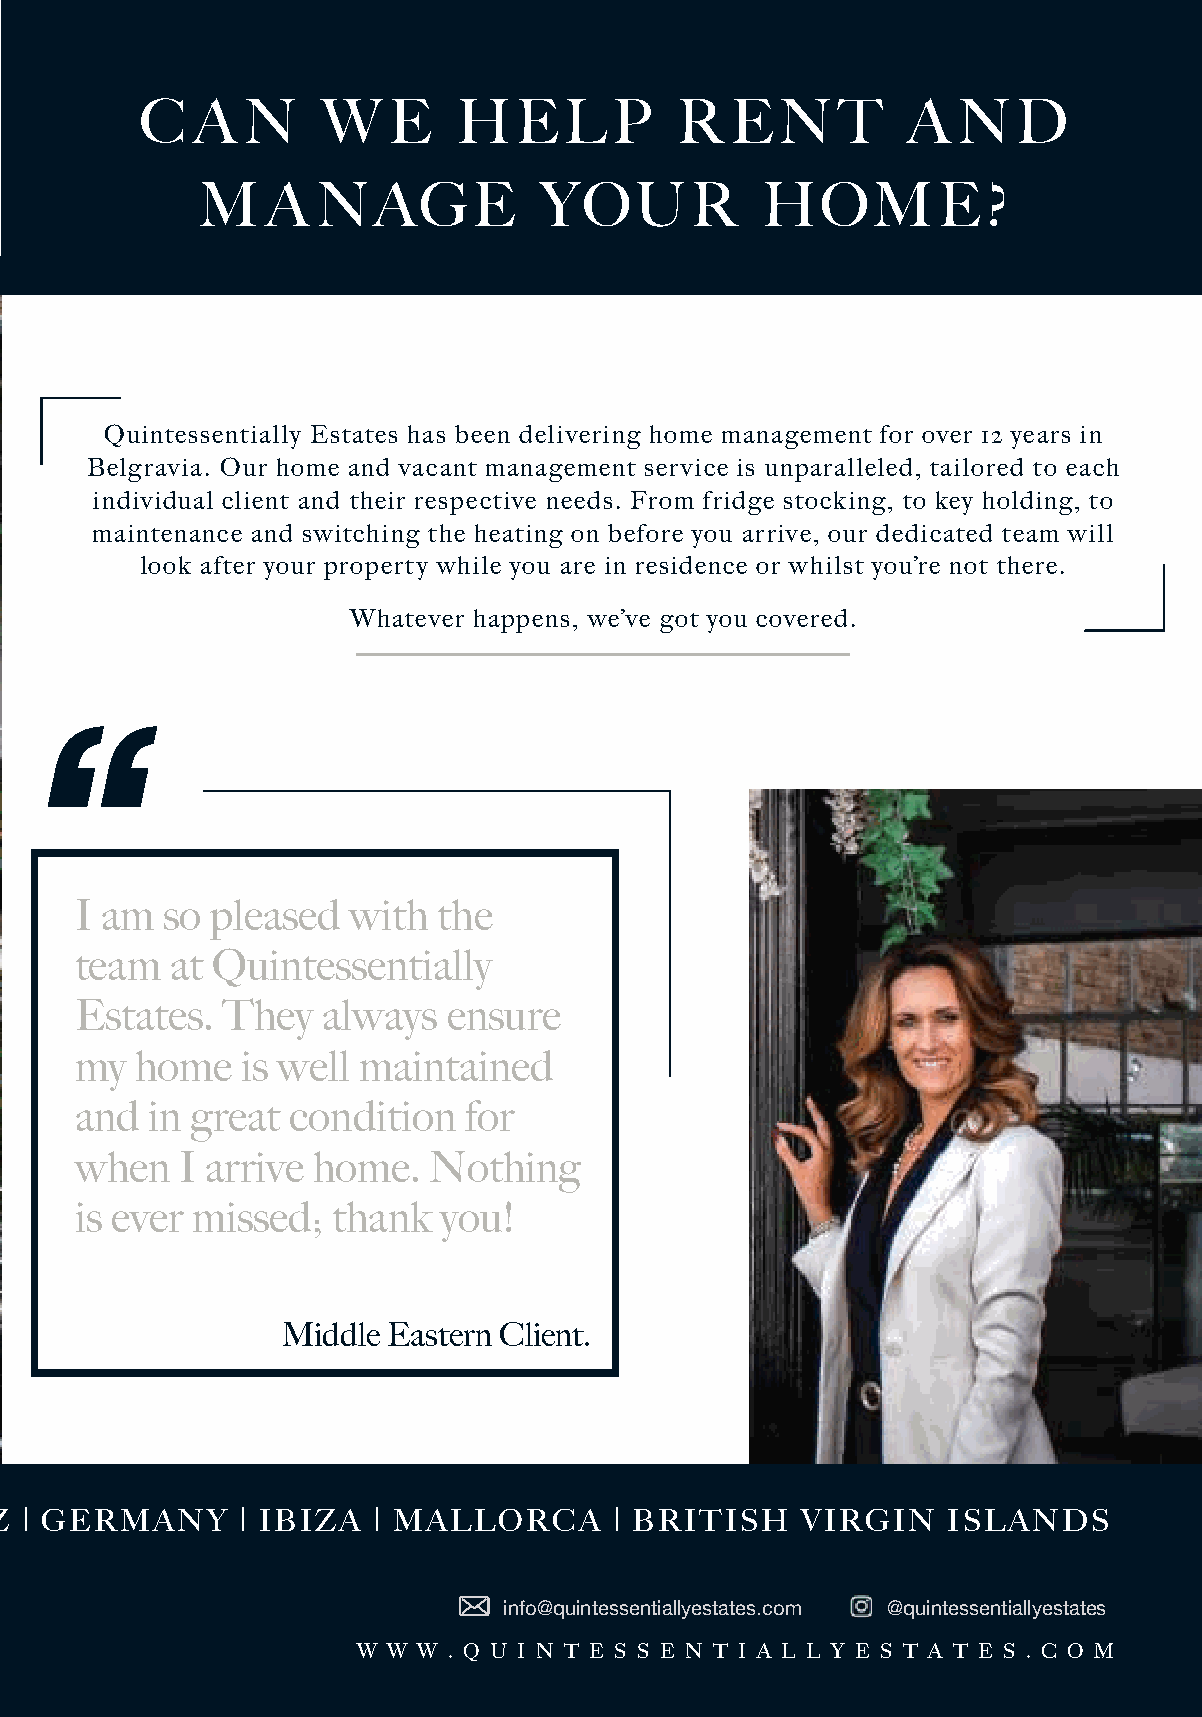
C   A  N    W    E   HELP           R  ENT         A  ND
 M    A  NAGE           YOUR          HOME?
 Quintessentially Estates has been delivering home management for over 12 years in
 Belgravia. Our home and vacant management service is unparalleled, tailored to each
 individual client and their respective needs. From fridge stocking, to key holding, to
 maintenance and switching the heating on before you arrive, our dedicated team will
 look after your property while you are in residence or whilst you’re not there.
 Whatever happens, we’ve got you covered.
 “
 I am  so pleased  with  the
 team  at Quintessentially
 Estates.  They  always   ensure
 my  home   is well maintained
 and  in great condition   for
 when   I arrive home.  Nothing
 is ever missed;  thank  you!
 Middle Eastern Client.
 Z | GERMANY     | IBIZA  | MALLORCA      | BRITISH   VIRGIN    ISLANDS
 info@quintessentiallyestates.com @quintessentiallyestates
 W W W . Q U I N T E S S E N T I A L L Y E S T A T E S . C O M